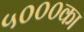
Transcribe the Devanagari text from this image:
५०००का